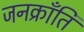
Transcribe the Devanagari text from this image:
जनक्राँति